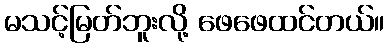
မသင့်မြတ်ဘူးလို့ ဖေဖေထင်တယ်။